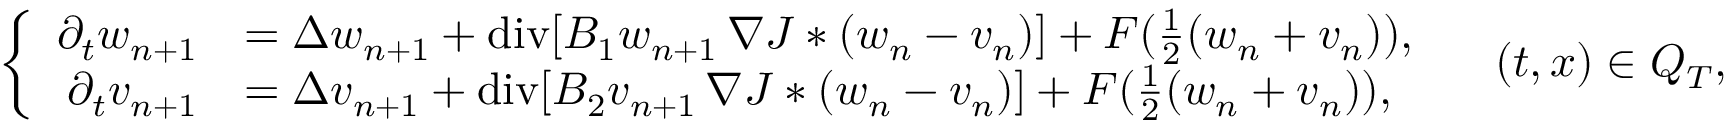
\left\lbrace \begin{array} { r l } { \partial _ { t } w _ { n + 1 } } & { = \Delta w _ { n + 1 } + \mathrm { d i v } [ B _ { 1 } w _ { n + 1 } \, \nabla J * ( w _ { n } - v _ { n } ) ] + F ( \frac { 1 } { 2 } ( w _ { n } + v _ { n } ) ) , } \\ { \partial _ { t } v _ { n + 1 } } & { = \Delta v _ { n + 1 } + \mathrm { d i v } [ B _ { 2 } v _ { n + 1 } \, \nabla J * ( w _ { n } - v _ { n } ) ] + F ( \frac { 1 } { 2 } ( w _ { n } + v _ { n } ) ) , } \end{array} \right. \quad ( t , x ) \in Q _ { T } ,